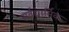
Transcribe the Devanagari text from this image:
सर्वधार्मिक